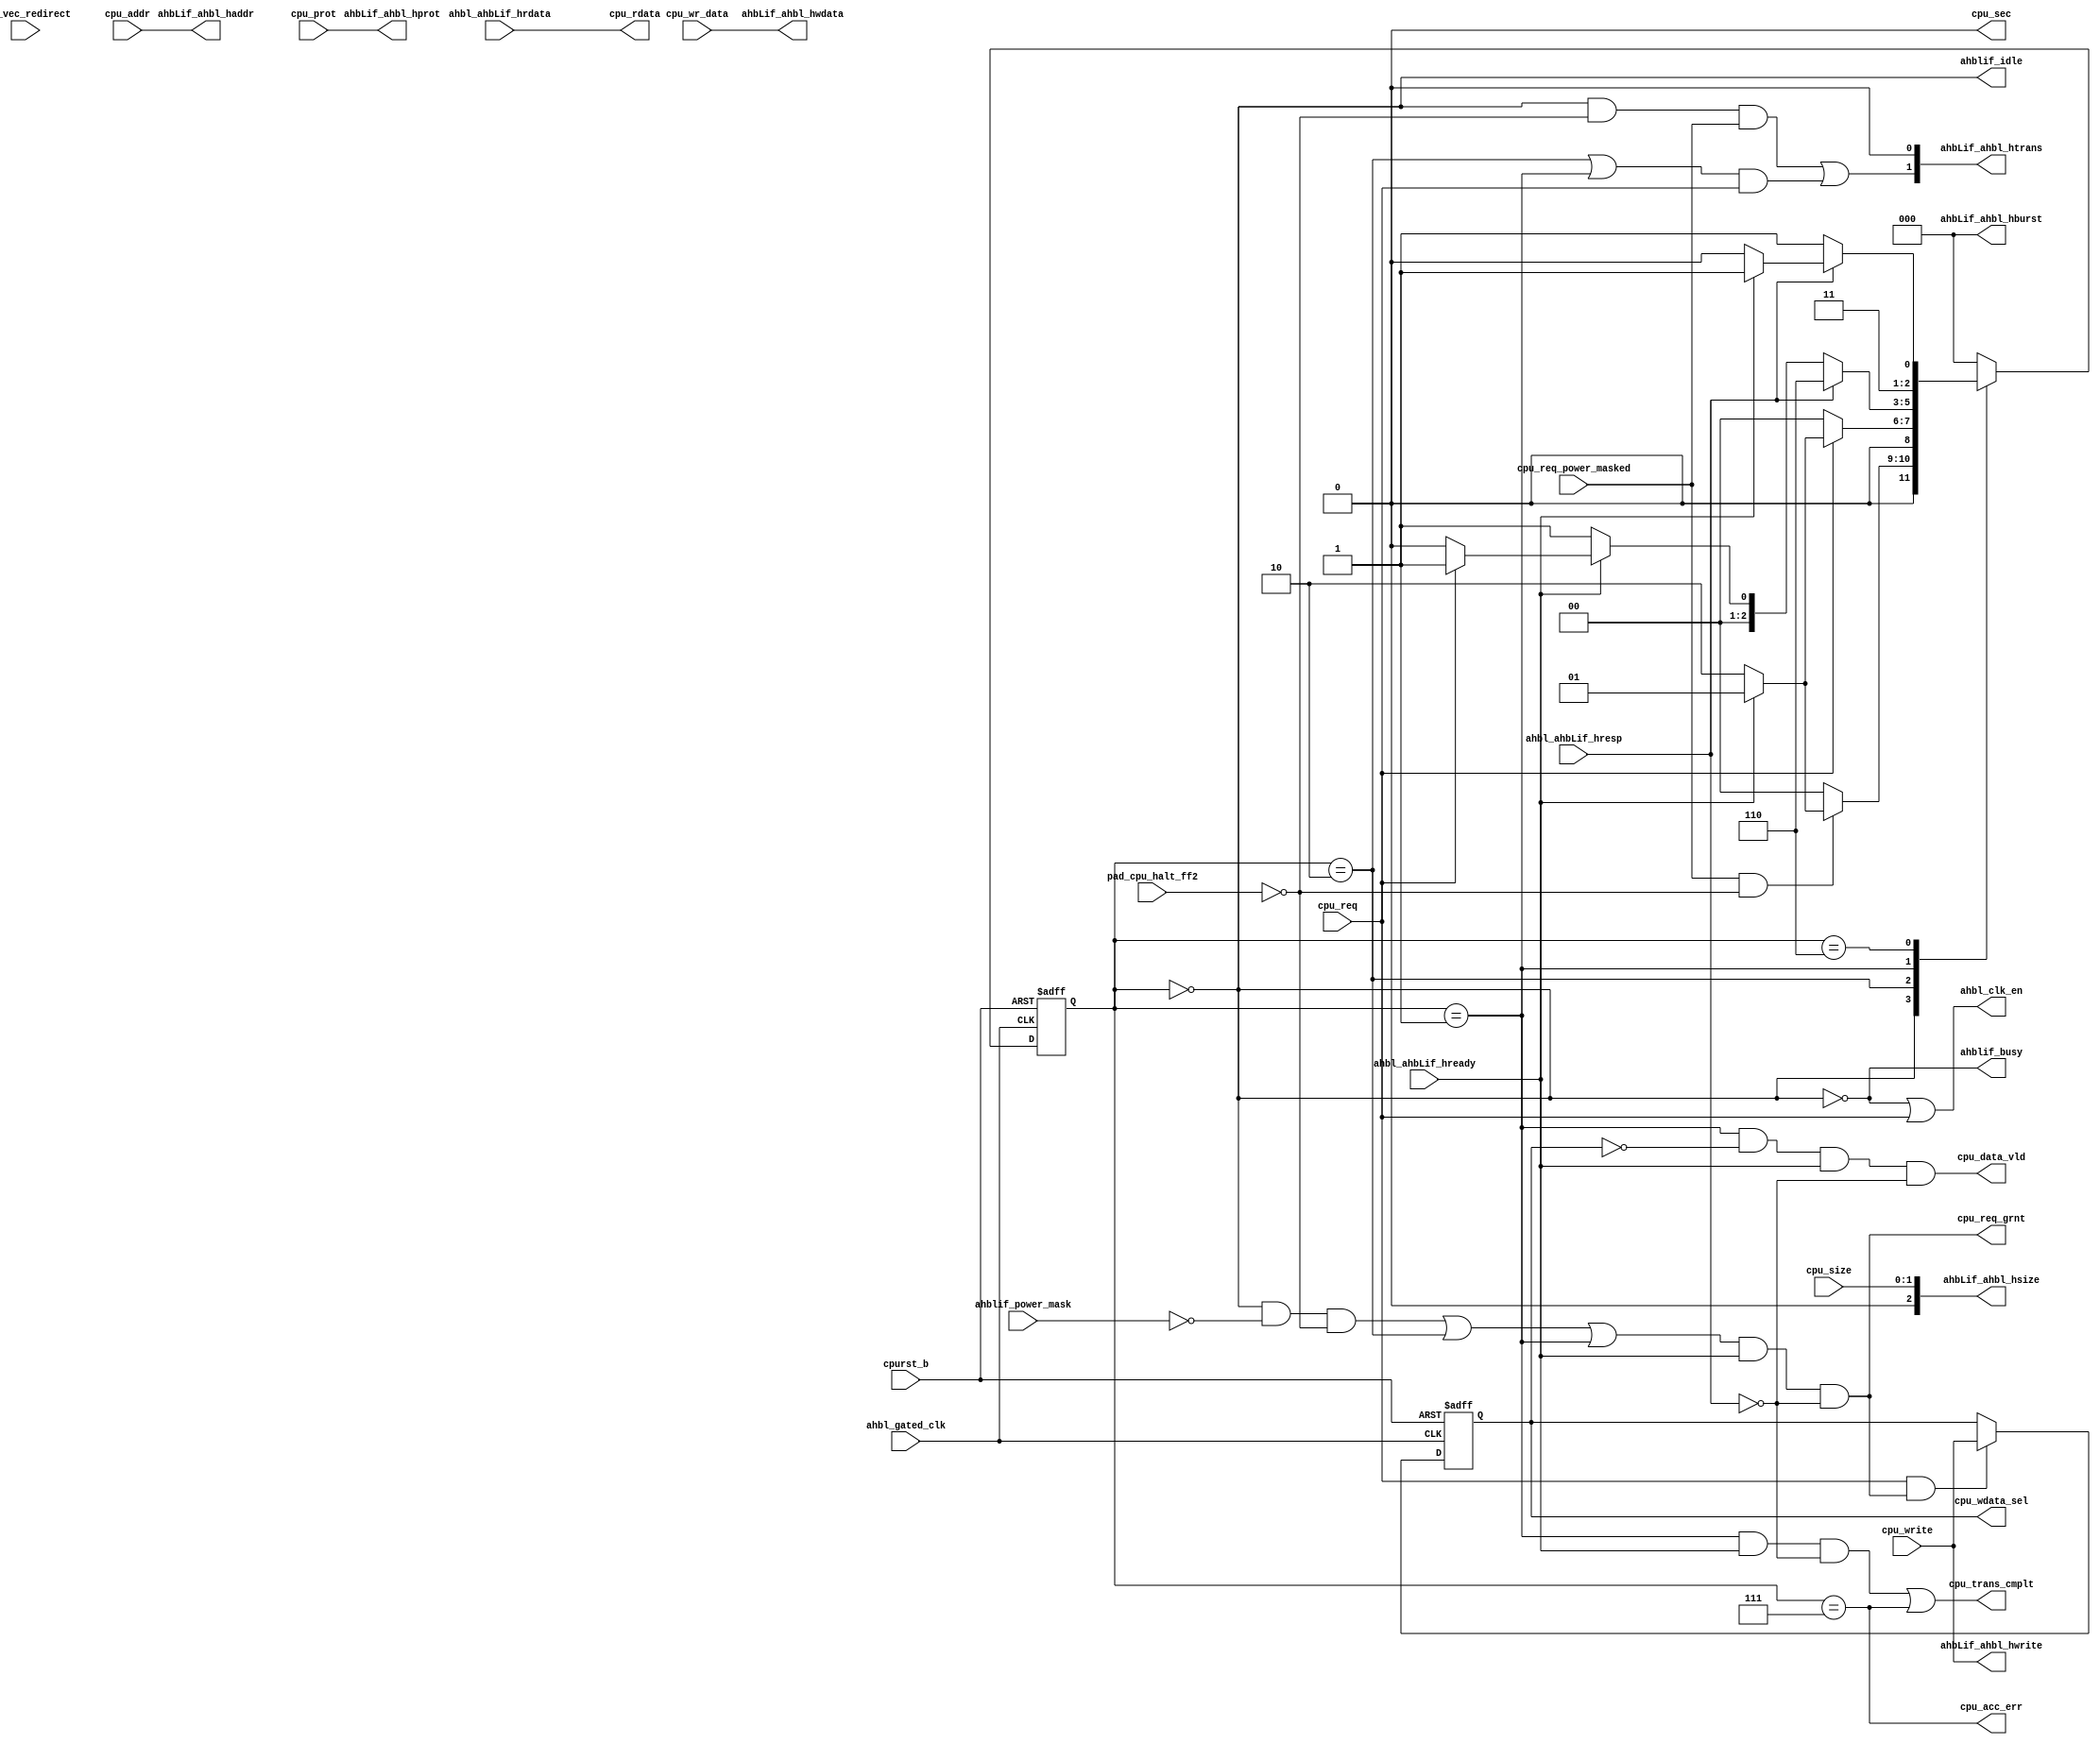
// This program was cloned from: https://github.com/T-head-Semi/opene902
// License: Apache License 2.0

/*Copyright 2018-2021 T-Head Semiconductor Co., Ltd.

Licensed under the Apache License, Version 2.0 (the "License");
you may not use this file except in compliance with the License.
You may obtain a copy of the License at

    http://www.apache.org/licenses/LICENSE-2.0

Unless required by applicable law or agreed to in writing, software
distributed under the License is distributed on an "AS IS" BASIS,
WITHOUT WARRANTIES OR CONDITIONS OF ANY KIND, either express or implied.
See the License for the specific language governing permissions and
limitations under the License.
*/

// &ModuleBeg; @23
module cr_ahbl_if(
  ahbLif_ahbl_haddr,
  ahbLif_ahbl_hburst,
  ahbLif_ahbl_hprot,
  ahbLif_ahbl_hsize,
  ahbLif_ahbl_htrans,
  ahbLif_ahbl_hwdata,
  ahbLif_ahbl_hwrite,
  ahbl_ahbLif_hrdata,
  ahbl_ahbLif_hready,
  ahbl_ahbLif_hresp,
  ahbl_clk_en,
  ahbl_gated_clk,
  ahblif_busy,
  ahblif_idle,
  ahblif_power_mask,
  cpu_acc_err,
  cpu_addr,
  cpu_data_vld,
  cpu_prot,
  cpu_rdata,
  cpu_req,
  cpu_req_grnt,
  cpu_req_power_masked,
  cpu_sec,
  cpu_size,
  cpu_trans_cmplt,
  cpu_vec_redirect,
  cpu_wdata_sel,
  cpu_wr_data,
  cpu_write,
  cpurst_b,
  pad_cpu_halt_ff2
);

// &Ports; @24
input   [31:0]  ahbl_ahbLif_hrdata;    
input           ahbl_ahbLif_hready;    
input           ahbl_ahbLif_hresp;     
input           ahbl_gated_clk;        
input           ahblif_power_mask;     
input   [31:0]  cpu_addr;              
input   [3 :0]  cpu_prot;              
input           cpu_req;               
input           cpu_req_power_masked;  
input   [1 :0]  cpu_size;              
input           cpu_vec_redirect;      
input   [31:0]  cpu_wr_data;           
input           cpu_write;             
input           cpurst_b;              
input           pad_cpu_halt_ff2;      
output  [31:0]  ahbLif_ahbl_haddr;     
output  [2 :0]  ahbLif_ahbl_hburst;    
output  [3 :0]  ahbLif_ahbl_hprot;     
output  [2 :0]  ahbLif_ahbl_hsize;     
output  [1 :0]  ahbLif_ahbl_htrans;    
output  [31:0]  ahbLif_ahbl_hwdata;    
output          ahbLif_ahbl_hwrite;    
output          ahbl_clk_en;           
output          ahblif_busy;           
output          ahblif_idle;           
output          cpu_acc_err;           
output          cpu_data_vld;          
output  [31:0]  cpu_rdata;             
output          cpu_req_grnt;          
output          cpu_sec;               
output          cpu_trans_cmplt;       
output          cpu_wdata_sel;         

// &Regs; @25
reg     [2 :0]  ahbLif_cur_state;      
reg     [2 :0]  ahbLif_nxt_state;      
reg             buf_write;             

// &Wires; @26
wire            acc_err;               
wire    [31:0]  ahbLif_ahbl_haddr;     
wire    [2 :0]  ahbLif_ahbl_hburst;    
wire    [3 :0]  ahbLif_ahbl_hprot;     
wire    [2 :0]  ahbLif_ahbl_hsize;     
wire    [1 :0]  ahbLif_ahbl_htrans;    
wire    [31:0]  ahbLif_ahbl_hwdata;    
wire            ahbLif_ahbl_hwrite;    
wire            ahbLif_ahbl_vec_redrct; 
wire    [31:0]  ahbl_ahbLif_hrdata;    
wire            ahbl_ahbLif_hready;    
wire            ahbl_ahbLif_hresp;     
wire            ahbl_ahbLif_hsec;      
wire            ahbl_clk_en;           
wire            ahbl_gated_clk;        
wire            ahblif_busy;           
wire            ahblif_idle;           
wire            ahblif_power_mask;     
wire    [31:0]  bus_rdata;             
wire            bus_ready;             
wire            bus_resp;              
wire            bus_sec;               
wire            cpu_acc_err;           
wire    [31:0]  cpu_addr;              
wire            cpu_data_vld;          
wire    [3 :0]  cpu_prot;              
wire    [31:0]  cpu_rdata;             
wire            cpu_req;               
wire            cpu_req_grnt;          
wire            cpu_req_power_masked;  
wire            cpu_sec;               
wire    [1 :0]  cpu_size;              
wire            cpu_trans_cmplt;       
wire            cpu_vec_redirect;      
wire            cpu_wdata_sel;         
wire    [31:0]  cpu_wr_data;           
wire            cpu_write;             
wire            cpurst_b;              
wire            data_vld;              
wire    [31:0]  hwdata;                
wire            pad_cpu_halt_ff2;      
wire            req_grnt;              
wire            trans_cmplt;           


parameter DATA_WIDTH = 32;
//==============================================================================
//
//                 AHB LITE master interface FSM
//
//==============================================================================
//1. control one transfer: SINGLE
//2. generate control signals for AHB LITE control signals: HTRANS, HCTRL

//===================================================================
//     parameter description
//IDLE  : wait for the cpu request; when cpu has request and hready, 
//        control information is put on the AHB LITE in this state.
//WFD   : wait for the data from the AHB LITE; if back-to-back 
//        transfer occur, the fsm will stay in the state.
//ERROR : wait for the second phase of the two signal error response.
//ERROR1: generate the error vld signal to cpu.
//===================================================================
parameter IDLE   = 3'b000,
          WFD    = 3'b001,
          WFG    = 3'b010,
          ERROR1 = 3'b110,
          ERROR2 = 3'b111;

//==========================================================
//     FSM main body
//==========================================================
always@(posedge ahbl_gated_clk or negedge cpurst_b)
begin
  if(!cpurst_b)
    ahbLif_cur_state[2:0] <= IDLE;
  else
  begin
      ahbLif_cur_state[2:0] <= ahbLif_nxt_state[2:0];
  end
end 

// &CombBeg; @65
always @( cpu_req_power_masked
       or bus_ready
       or ahbLif_cur_state
       or cpu_req
       or bus_resp
       or pad_cpu_halt_ff2)
begin
case(ahbLif_cur_state)
  IDLE: 
  begin
    if(cpu_req_power_masked && !pad_cpu_halt_ff2) 
      if(bus_ready)
        ahbLif_nxt_state = WFD;
      else //no ready
        ahbLif_nxt_state = WFG;
    else //no request
      ahbLif_nxt_state = IDLE;
  end
  WFG: 
  begin
    if(cpu_req)
      if(bus_ready)
        ahbLif_nxt_state = WFD;
      else //no ready
        ahbLif_nxt_state = WFG;
    else //no request
      ahbLif_nxt_state = IDLE;
  end
  WFD:   // in this state AHBL wait for the data.
  begin
    if(bus_resp) //resp is ERROR
      ahbLif_nxt_state = ERROR1;
    else if(!bus_ready) //resp == OK, hready == 0
      ahbLif_nxt_state = WFD;
    else //resp == OK, hready == 1
    begin
      if(cpu_req)
        ahbLif_nxt_state = WFD;
      else
        ahbLif_nxt_state = IDLE;
    end
  end
  ERROR1: // error occurs
  begin
    if(bus_resp)               // resp is ERROR
      if(!bus_ready)           // ready == 0
        ahbLif_nxt_state = ERROR1;
      else
        ahbLif_nxt_state = ERROR2; // bus resp is ERROR, hready == 1
    else
      ahbLif_nxt_state = ERROR2; // bus resp is ERROR, hready == 1
  end
  ERROR2: // error occurs
  begin
    ahbLif_nxt_state = IDLE; 
  end
  default:
    ahbLif_nxt_state = IDLE;
endcase
// &CombEnd; @118
end

//===========================================================
//     FSM output signal 
//===========================================================

always @( posedge ahbl_gated_clk or negedge cpurst_b)
begin
  if(!cpurst_b)
    buf_write <= 1'b0;
  else if(cpu_req && req_grnt)
    buf_write <= cpu_write;
end
assign cpu_wdata_sel = buf_write;

//==================================================
//            cpu grant singal
//==================================================
assign req_grnt = ((ahbLif_cur_state[2:0]==IDLE && !ahblif_power_mask && !pad_cpu_halt_ff2)
                 || ahbLif_cur_state[2:0]==WFG
                 || ahbLif_cur_state[2:0]==WFD)
                 && bus_ready && !bus_resp;

//==================================================
//            trans complete singal
//==================================================
assign trans_cmplt  = (ahbLif_cur_state[2:0]==WFD) &&  bus_ready && !bus_resp
                   || (ahbLif_cur_state[2:0]==ERROR2); //error vld
                    

//==================================================
//            data valid singal
//==================================================
assign data_vld = (ahbLif_cur_state[2:0]==WFD) && !buf_write
                && bus_ready && !bus_resp;

//==================================================
//            access error valid singal
//==================================================
assign acc_err = (ahbLif_cur_state[2:0]==ERROR2);


//==============================================================================
//
//                       AHB LITE BUS interface signal
//
//==============================================================================

//==============================================================================
//     AHB LITE -> AHBL signals
//==============================================================================
assign bus_ready        = ahbl_ahbLif_hready;
assign bus_resp         = ahbl_ahbLif_hresp;

assign bus_rdata[DATA_WIDTH-1:0] = ahbl_ahbLif_hrdata[DATA_WIDTH-1:0];

assign ahbl_ahbLif_hsec = 1'b0;


assign bus_sec                   = ahbl_ahbLif_hsec;



//==============================================================================
//     AHBL -> AHB LITE signals
//==============================================================================
//==========================================================
//     HADDR
//==========================================================
assign ahbLif_ahbl_haddr[31:0] = cpu_addr[31:0];

//==========================================================
//     HWDATA
//==========================================================

// &Instance("cr_beu_enc32", "x_cr_biu_wdata_enc"); @215
// &Connect(.data_in(cpu_wr_data), @216
//          .f_key0 (pad_biu_beu_key0), @217
//          .f_key1 (pad_biu_beu_key1), @218
//          .data_out(cpu_cwdata) @219
// ); @220
//   &Instance("cr_ahbl_scram", "x_cr_biu_wdata_scram"); @224
//   &Connect(.data_in(cpu_wr_data), @225
//            .f_key0 (pad_biu_beu_key0), @226
//            .f_key1 (pad_biu_beu_key1), @227
//            .data_out(cpu_cwdata) @228
//   ); @229
  assign hwdata[DATA_WIDTH-1:0] = cpu_wr_data[DATA_WIDTH-1:0];

assign ahbLif_ahbl_hwdata[DATA_WIDTH-1:0] = hwdata[DATA_WIDTH-1:0];

// BUS Polarity

// &Force("output","ahbLif_ahbl_hwdata"); @245


//==========================================================
//     HTRANS
//==========================================================

assign ahbLif_ahbl_htrans[1] = ahbLif_cur_state[2:0]==IDLE &&
                               !pad_cpu_halt_ff2 &&
                               cpu_req_power_masked || 
                              (ahbLif_cur_state[2:0]==WFG ||
                               ahbLif_cur_state[2:0]==WFD) &&
                               cpu_req; // && bus_ready;

assign ahbLif_ahbl_htrans[0] = 1'b0;

//==========================================================
//     HWRITE
//==========================================================
assign ahbLif_ahbl_hwrite = cpu_write;

//==========================================================
//     HSIZE
//==========================================================

assign ahbLif_ahbl_hsize[2:0] = { 1'b0, cpu_size[1:0]};

//==========================================================
//     HPROT
//==========================================================

assign ahbLif_ahbl_hprot[3:0] = cpu_prot[3:0];

//==========================================================
//     HBURST
//==========================================================

assign ahbLif_ahbl_hburst[2:0] = 3'b0;

//==========================================================
//     interface with EMMU
//==========================================================


//==========================================================
//     Vector Redirect Information
//==========================================================
// &Force("nonport", "ahbLif_ahbl_vec_redrct"); @307
assign ahbLif_ahbl_vec_redrct = cpu_vec_redirect;
//==============================================================================
//
//                            interface with CPU
//
//==============================================================================

//==========================================================
//     CPU_GNT
//==========================================================

assign cpu_req_grnt = req_grnt;

//==========================================================
//     TRANS COMPLETE
//==========================================================

assign cpu_trans_cmplt = trans_cmplt;

//==========================================================
//     DATA VALID
//==========================================================

assign cpu_data_vld = data_vld;

//==========================================================
//     LOAD DATA
//==========================================================
//   //&Force("output","cpu_rdata_pol"); @338
//   //&Connect(.data_in(bus_pol_rdata), @342
//   //         .f_key0 (pad_biu_beu_key1), @343
//   //         .f_key1 (pad_biu_beu_key0), @344
//   //         .data_out(bus_pdata) @345
//   //); @346
//   //&Connect(.data_in(bus_rdata), @351
//   //         .f_key0 (pad_biu_beu_key1), @352
//   //         .f_key1 (pad_biu_beu_key0), @353
//   //         .data_out(bus_pdata) @354
//   //); @355
//   &Instance("cr_beu_enc32", "x_cr_biu_rdata_dec"); @358
//   &Connect(.data_in(bus_rdata), @359
//            .f_key0 (pad_biu_beu_key1), @360
//            .f_key1 (pad_biu_beu_key0), @361
//            .data_out(bus_pdata) @362
//   ); @363
//   &Instance("cr_ahbl_descram", "x_cr_biu_rdata_descram"); @367
//   &Connect(.data_in(bus_rdata), @368
//            .f_key0 (pad_biu_beu_key0), @369
//            .f_key1 (pad_biu_beu_key1), @370
//            .data_out(bus_pdata) @371
//   ); @372
  assign cpu_rdata[DATA_WIDTH-1:0] = bus_rdata[DATA_WIDTH-1:0];

//==========================================================
//     LOAD_ERROR
//==========================================================

assign cpu_acc_err = acc_err;

assign cpu_sec     = bus_sec; 
//==========================================================
//     BIU CLK EN
//==========================================================

assign ahbl_clk_en = !(ahbLif_cur_state[2:0]==IDLE) || cpu_req;

assign ahblif_busy = !(ahbLif_cur_state[2:0]==IDLE);

assign ahblif_idle = ahbLif_cur_state[2:0]==IDLE;

// &ModuleEnd; @396
endmodule